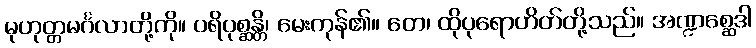
မုဟုတ္တမင်္ဂလာတို့ကို။ ပရိပုစ္ဆန္တိ၊ မေးကုန်၏။ တေ၊ ထိုပုရောဟိတ်တို့သည်။ အဏ္ဍစ္ဆေဒါ